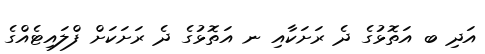
އަދި ބ އަތޮޅުގެ ދެ ރަށަކާއި ނ އަތޮޅުގެ ދެ ރަށަކަށް ފްލައިޓެއްގެ